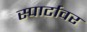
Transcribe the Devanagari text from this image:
स्पार्टावर